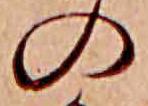
の